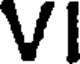
VI